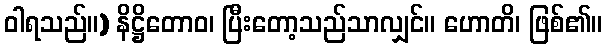
ဝါရသည်။) နိဋ္ဌိတောဝ၊ ပြီးတော့သည်သာလျှင်။ ဟောတိ၊ ဖြစ်၏။